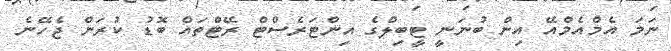
ނަމަ އެމްއެމްއޭ އިން ބުނަނީ ޓީބިލްގެ އިންޓަރެސްޓް ރޭޓްތައް ބޮޑު ކުރަން ޖެހޭނެ